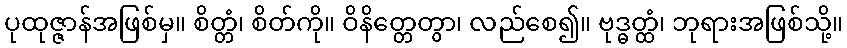
ပုထုဇ္ဇာန်အဖြစ်မှ။ စိတ္တံ၊ စိတ်ကို။ ဝိနိတ္တေတွာ၊ လည်စေ၍။ ဗုဒ္ဓတ္ထံ၊ ဘုရားအဖြစ်သို့။